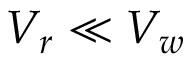
V _ { r } \ll V _ { w }